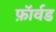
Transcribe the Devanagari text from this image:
फ़ॉर्वड